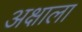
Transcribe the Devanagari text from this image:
अक्षाला